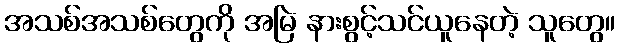
အသစ်အသစ်တွေကို အမြဲ နားစွင့်သင်ယူနေတဲ့ သူတွေ။